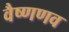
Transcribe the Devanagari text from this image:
वैष्णणव